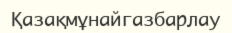
Қазақмұнайгазбарлау